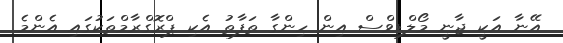
އޭނާ އަކީ ޖާނީ މޯލްޑިވްސް އިން ހިންގާ ތަފާތު އެކި ޕްރޮގްރާމްތަކުގައި އެންމެ